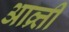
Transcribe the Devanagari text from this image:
आव्र्त्ती